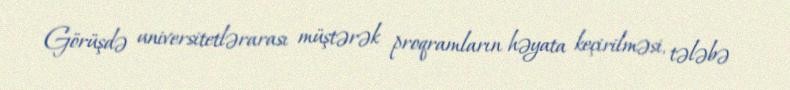
Görüşdə universitetlərarası müştərək proqramların həyata keçirilməsi, tələbə